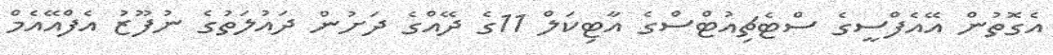
އެގޮތުން އޭއެފްސީގެ ސްޓެޗިއުޓްސްގެ އާޓިކަލް 11ގެ ދޭއްގެ ދަށުން ދައުލަތުގެ ނުފޫޒު އެފްއޭއެމް